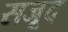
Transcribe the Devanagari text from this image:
सजूद